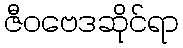
ဇီဝဗေဒဆိုင်ရာ